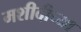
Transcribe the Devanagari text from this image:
मशीदीच्या